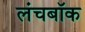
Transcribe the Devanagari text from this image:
लंचबॉक